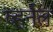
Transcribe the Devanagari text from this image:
व्हर्नल